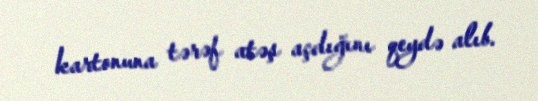
kartonuna tərəf atəş açdığını qeydə alıb.